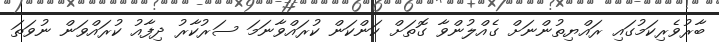
ބާރުވެރިކަމުގައި ރައްޔިތުންނަށް ގެއްލުންވާ ގޮތަށް ކަންކަން ކުރައްވާނަމަ ސަރުކާރު ދިފާއު ކުރައްވަން ނުވަތަ